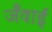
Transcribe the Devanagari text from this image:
जँवाई